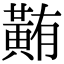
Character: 䵋